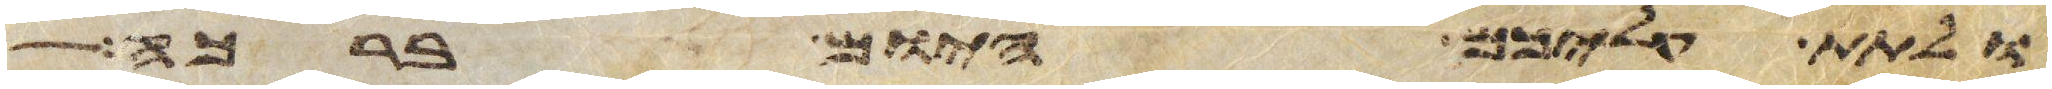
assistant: ולתת עליכם היום ברכה